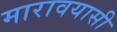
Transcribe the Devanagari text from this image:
मारावयासी